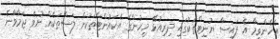
އެހެންވީމާ އެ ފައިސާ ޔުނިޓްތަކުގައި ދިރިއުޅޭ މީހުންގެ އެކައުންޓްތަކަށް ލަސްތަކެއް ނުވެ ޖަމާވާނެ